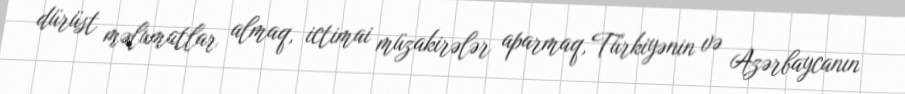
dürüst məlumatlar almaq, ictimai müzakirələr aparmaq, Türkiyənin və Azərbaycanın